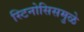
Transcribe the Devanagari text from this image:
स्टिनोसिसमुळे